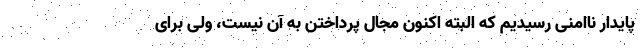
پایدار ناامنی رسیدیم که البته اکنون مجال پرداختن به آن نیست، ولی برای